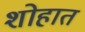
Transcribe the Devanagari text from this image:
शोहात